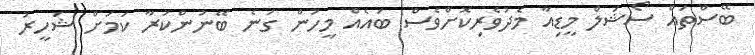
ބޭސްތައް ސޯޝަލް މީޑިއާ މެދުވެރިކޮށްވެސް ބައެއް މީހުން ގަނެ ބޭނުންކުރާ ކަމަށް ޝަހީރު